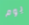
يوم